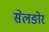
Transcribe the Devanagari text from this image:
सेलङोर